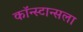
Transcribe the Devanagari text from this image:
कॉन्स्टान्सला